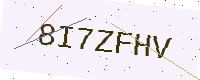
Text: 8I7ZFHV